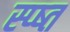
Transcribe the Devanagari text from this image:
स्प्ष्त